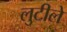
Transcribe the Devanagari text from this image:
लुटीले